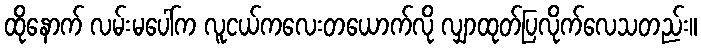
ထိုနောက် လမ်းမပေါ်က လူငယ်ကလေးတယောက်လို လျှာထုတ်ပြလိုက်လေသတည်း။